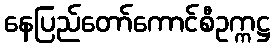
နေပြည်တော်ကောင်စီဥက္ကဋ္ဌ